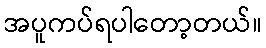
အပူကပ်ရပါတော့တယ်။